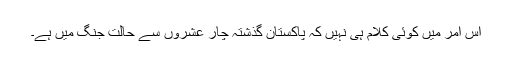
اس امر میں کوئی کلام ہی نہیں کہ پاکستان گذشتہ چار عشروں سے حالت جنگ میں ہے۔